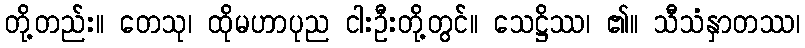
တို့တည်း။ တေသု၊ ထိုမဟာပုည ငါးဦးတို့တွင်။ သေဋ္ဌိဿ၊ ၏။ သီသံနှာတဿ၊